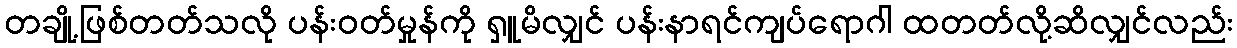
တချို့ဖြစ်တတ်သလို ပန်းဝတ်မှုန်ကို ရှူမိလျှင် ပန်းနာရင်ကျပ်ရောဂါ ထတတ်လို့ဆိလျှင်လည်း